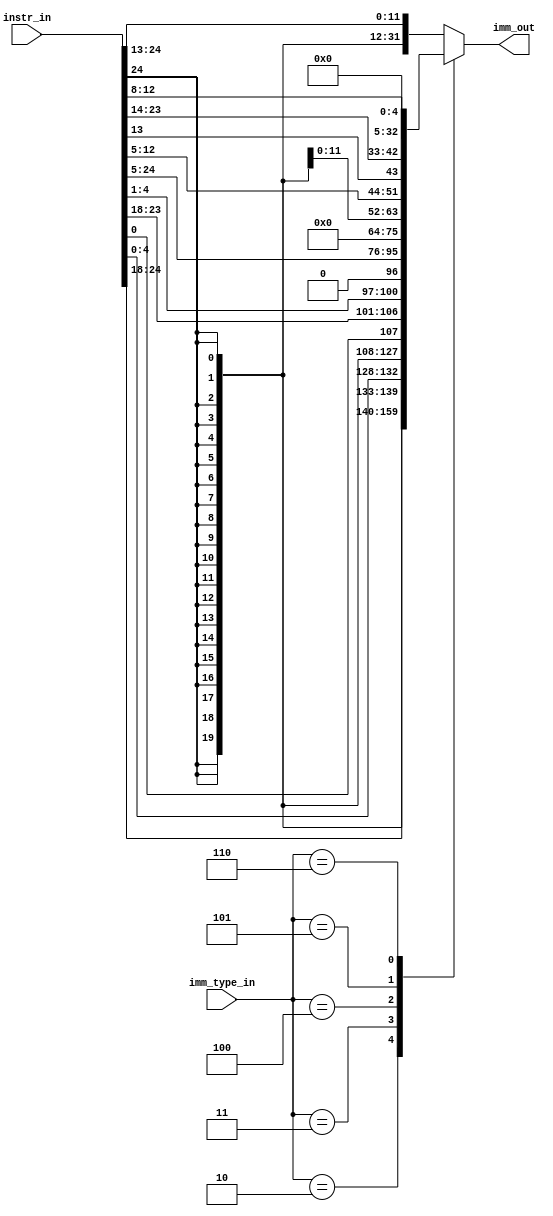
module msrv32_imm_generator(instr_in,imm_type_in,imm_out);
input  [31:7] instr_in;
input [2:0] imm_type_in;
output reg [31:0] imm_out;
always @(imm_type_in,instr_in) begin
    case (imm_type_in[2:0])
        3'b000 : imm_out = {{20{instr_in[31]}},instr_in[31:20]};
        3'b001 : imm_out = {{20{instr_in[31]}},instr_in[31:20]};
        3'b010 : imm_out = {{20{instr_in[31]}},instr_in[31:25],instr_in[11:7]};
        3'b011 : imm_out = {{20{instr_in[31]}},instr_in[7],instr_in[30:25],instr_in[11:8],1'b0};
        3'b100 : imm_out = {instr_in[31:12],12'h000};
        3'b101 : imm_out = {{12{instr_in[31]}},instr_in[19:12],instr_in[20],instr_in[30:21],1'b0};
        3'b110 : imm_out = {27'b0,instr_in[19:15]};
        default : imm_out = {{20{instr_in[31]}},instr_in[31:20]};
endcase
end
endmodule